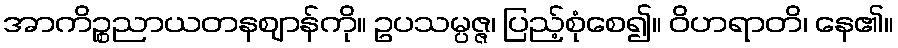
အာကိဉ္စညာယတနဈာန်ကို။ ဥပသမ္ပဇ္ဇ၊ ပြည့်စုံစေ၍။ ဝိဟရာတိ၊ နေ၏။